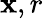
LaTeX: \mathbf{x},r